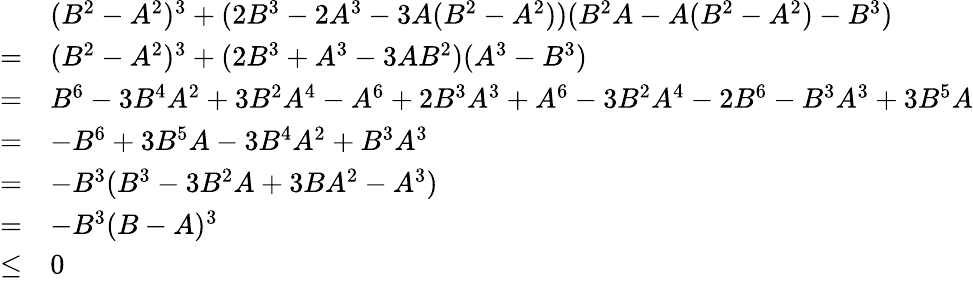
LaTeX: \begin{array}{rl}&{(B^{2}-A^{2})^{3}+(2B^{3}-2A^{3}-3A(B^{2}-A^{2}))(B^{2}A-A(B^{2}-A^{2})-B^{3})}\\ {=}&{(B^{2}-A^{2})^{3}+(2B^{3}+A^{3}-3AB^{2})(A^{3}-B^{3})}\\ {=}&{B^{6}-3B^{4}A^{2}+3B^{2}A^{4}-A^{6}+2B^{3}A^{3}+A^{6}-3B^{2}A^{4}-2B^{6}-B^{3}A^{3}+3B^{5}A}\\ {=}&{-B^{6}+3B^{5}A-3B^{4}A^{2}+B^{3}A^{3}}\\ {=}&{-B^{3}(B^{3}-3B^{2}A+3BA^{2}-A^{3})}\\ {=}&{-B^{3}(B-A)^{3}}\\ {\leq}&{0}\end{array}